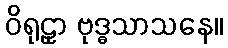
ဝိရုဠှာ ဗုဒ္ဓသာသနေ။